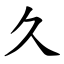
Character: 久